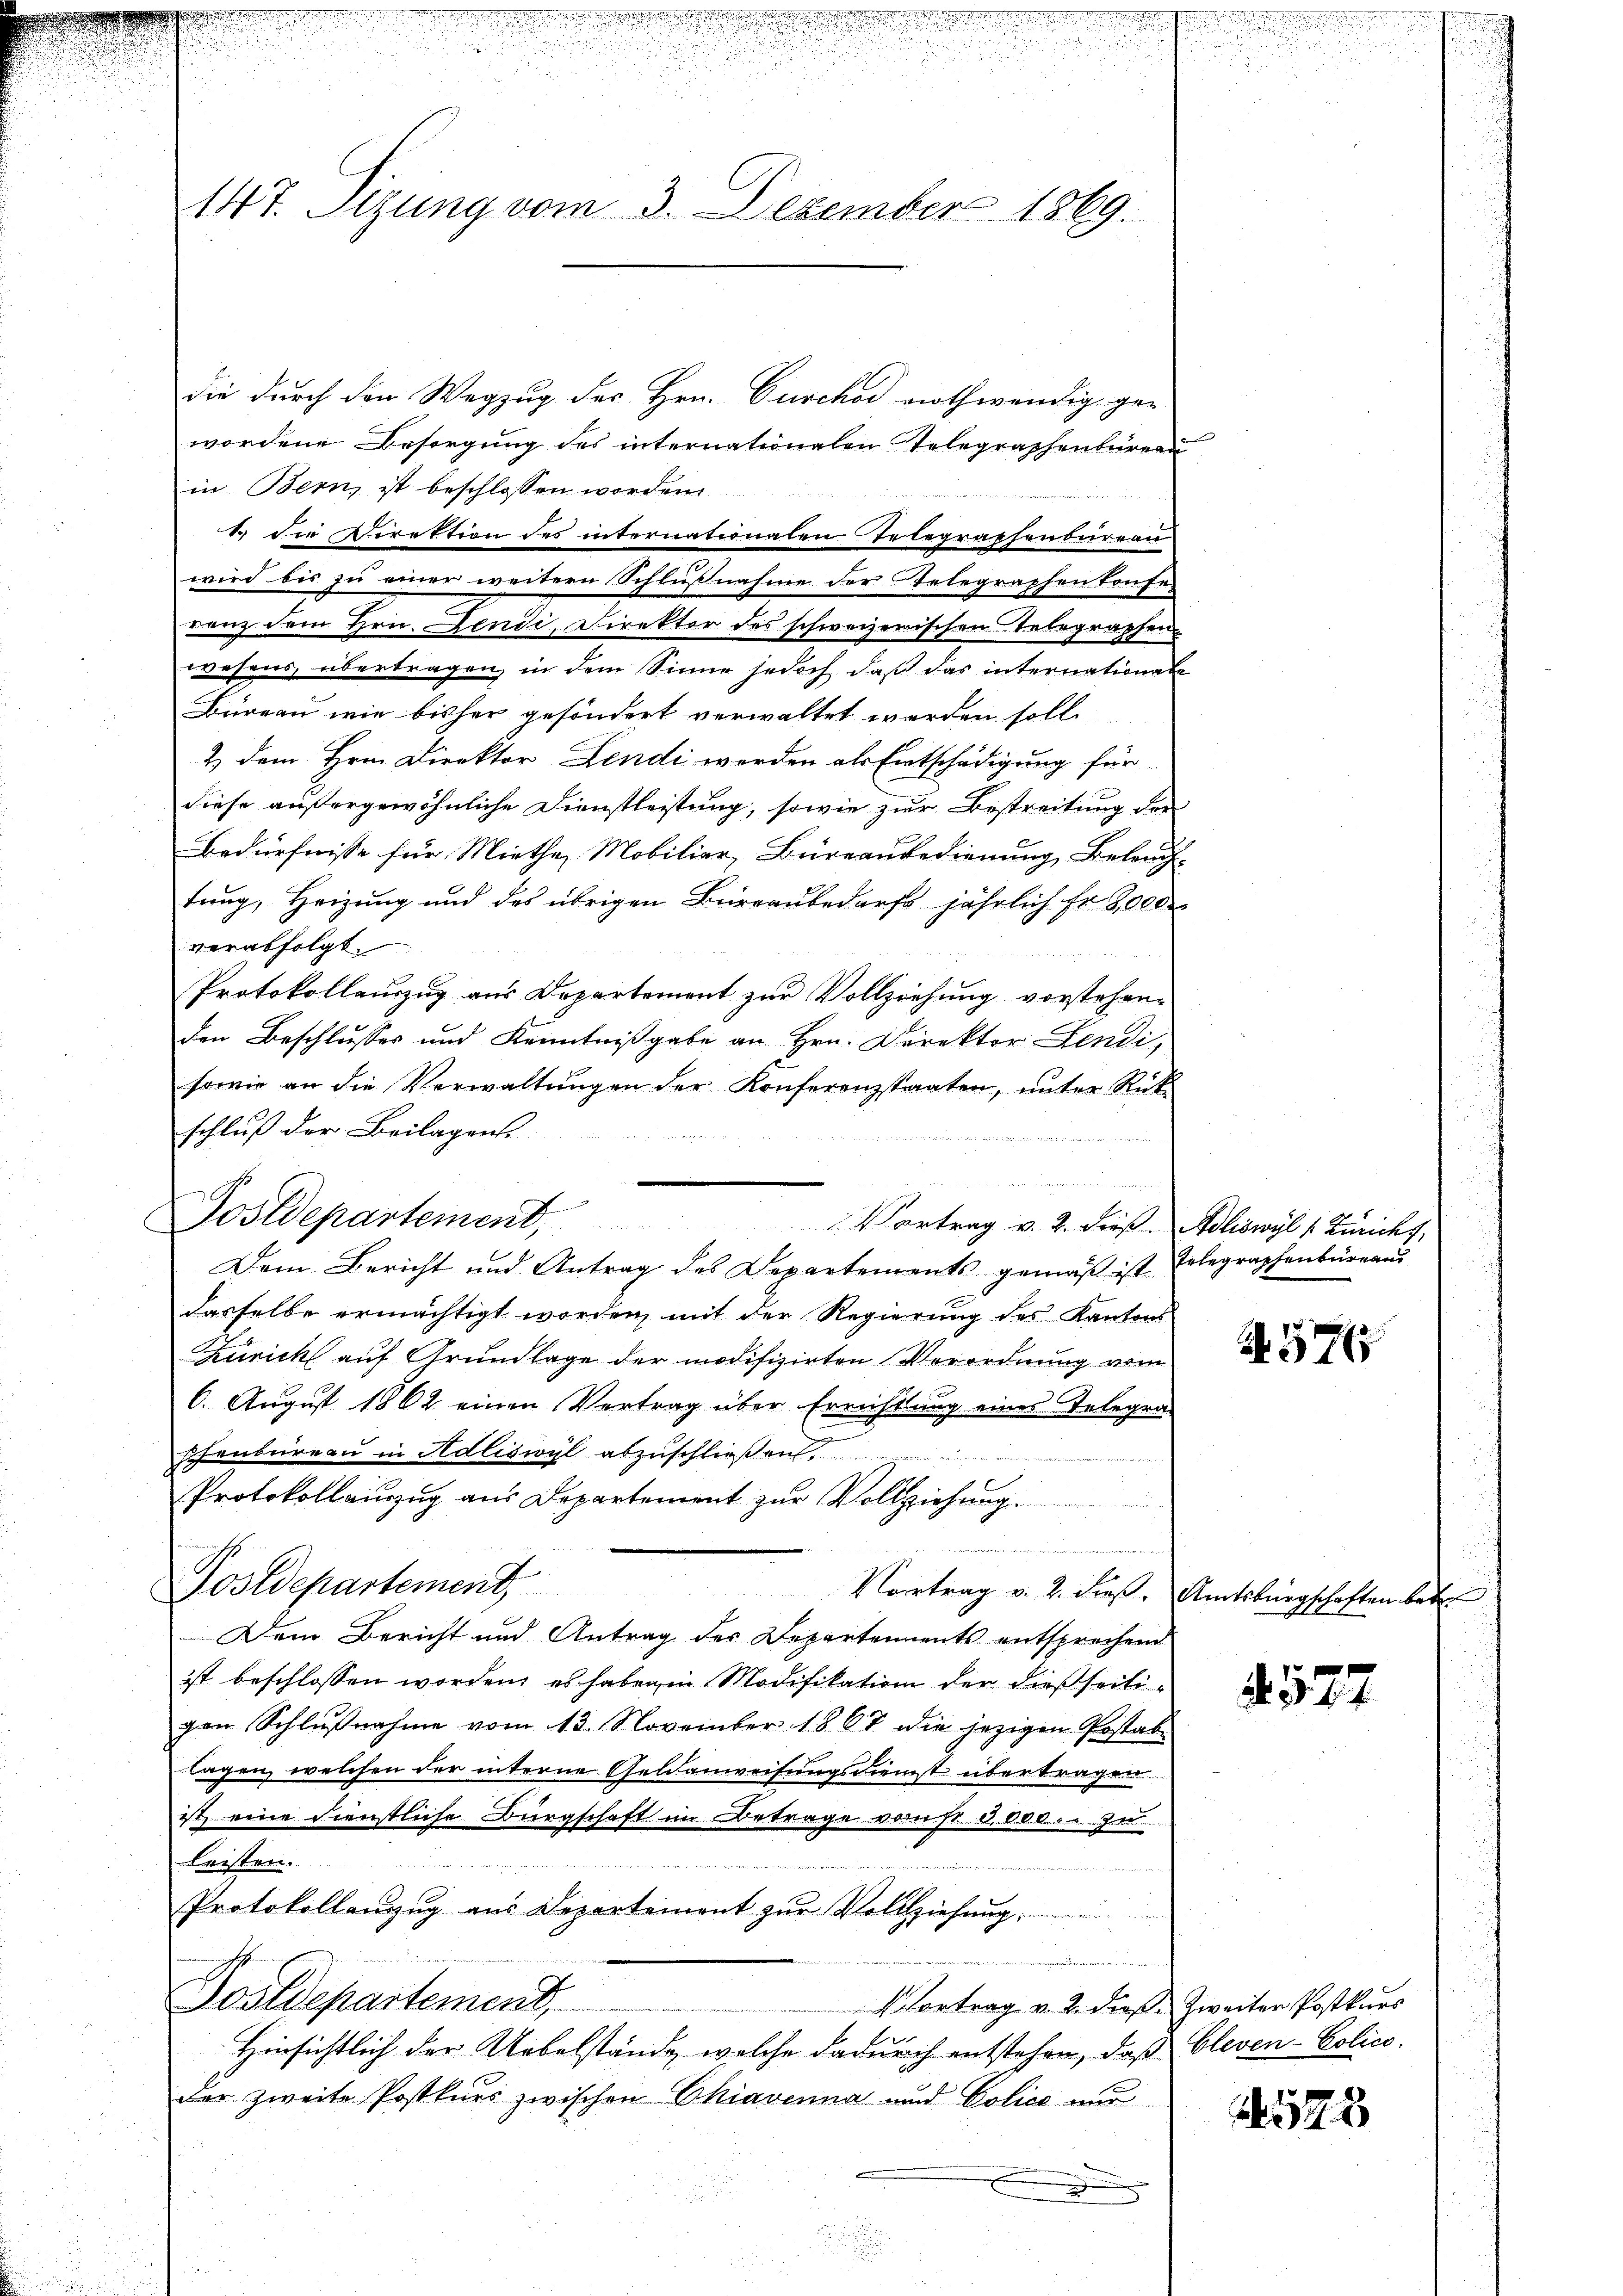
147. Sizung vom 3. Dezember 1869.

die durch den Wegzug des Hrn. Curchod nothwendig ge-
wordene Besorgung des internationalen Telegraphenbüreau
in Bern, ist beschlossen worden.
ranz dem Hrn. Jendi, Direktor des schweizerischen Telegraphen
wesens, übertragen, in dem Sinne jedoch, daß das internationale
Büreau wie bisher gesöndert verwaltet werden soll
2) dem Hrn. Direktor Lendi werden als Entschädigung für
diese außergewöhnliche Dienstleistung, sowie zur Bestreitung der
Bedürfnisse für Mietha, Mobilier, Büreausedienung Beleuch-
tung, Heizung und des übrigen Büreaubedarf jährlich fr. 8000
verabfolgt.
Protokollauszug aus Departement zur Vollziehung vorstehenden Beschlusses und Kenntnißgabe an Hrn. Direktor Lendi,
sowie an die Verwaltungen der Konferenzstaaten, unter Rück
schluß der Beilagens

Dem Bericht und Antrag des Departements gemäß ist Erlegraphenbüreaus
dasselbe ermächtigt worden, mit der Regierung des Kantons
Zürich auf Grundlage der modifizirten Verordnung vom
6. August 1862 einen Vertrag über Errichtung eines Telegra-
phenbureau in Adliswyl abzuschließen.
Protokollauszug aus Departement zur Vollziehung
Postdepartement
Vortrag v. 2. dieß, Amtsbürgschaften betr.
Dem Bericht und Antrag des Departements entsprechend
ist beschlossen worden, es haben in Modifikation der dießseitigen Schlŭβnahme vom 13. November 1867 die jezigen Postabe
lagen, welchen der interne Geldanweisungsdienst übertragen.
zt eine dienstliche Bürgschaft im Betrage vom st. 8,000. zu
leisten.
.
Protokollanzug aus Departement zur Vollziehung
Postdepartement,
 Vortrag v. 2. dieß. Zweiter Postkurs
Hinsichtlich der Uebelstände, welche dadurch entstehen, daß Cleven-Policeder zweite Postkurs zwischen Chiavenna und Police nur

1. Die Direktion des internationalen Telegraphenbureau
wird bis zu einer weitern Schlußnahme der Telegraphenkonfe-

Postdepartement, Vortrag v. 2. dieβ. Adliswyl s. Züricht,

.

A.576

572

578